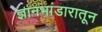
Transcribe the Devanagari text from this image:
ज्ञानभांडारातून